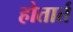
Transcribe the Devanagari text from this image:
होतार्त